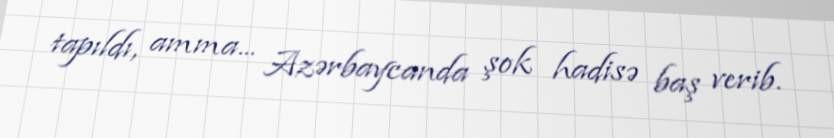
tapıldı, amma... Azərbaycanda şok hadisə baş verib.